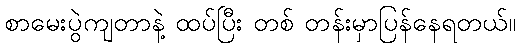
စာမေးပွဲကျတာနဲ့ ထပ်ပြီး တစ် တန်းမှာပြန်နေရတယ်။